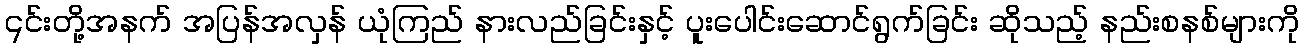
၎င်းတို့အနက် အပြန်အလှန် ယုံကြည် နားလည်ခြင်းနှင့် ပူးပေါင်းဆောင်ရွက်ခြင်း ဆိုသည့် နည်းစနစ်များကို